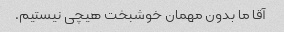
آقا ما بدون مهمان خوشبخت هیچی نیستیم.